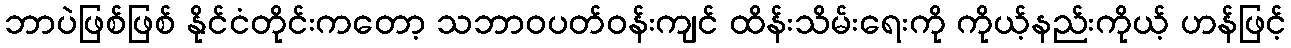
ဘာပဲဖြစ်ဖြစ် နိုင်ငံတိုင်းကတော့ သဘာဝပတ်ဝန်းကျင် ထိန်းသိမ်းရေးကို ကိုယ့်နည်းကိုယ့် ဟန်ဖြင့်